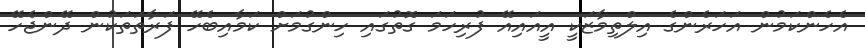
އެހެންކަމުން އަހަރެންގެ އިލްތިމާޒަކީ އީއައިއޭ ފުރިހަމަ ގޮތުގައި ހިންގުމަށް ކަމާއިބެހޭ ފަރާތަތަކުން ދޭންޖެހޭ